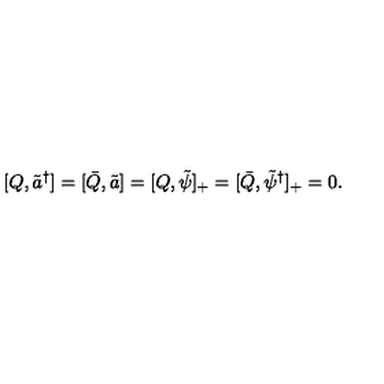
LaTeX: [ Q , \tilde { a } ^ { \dagger } ] = [ \bar { Q } , \tilde { a } ] = [ Q , \tilde { \psi } ] _ { + } = [ \bar { Q } , \tilde { \psi } ^ { \dagger } ] _ { + } = 0 .